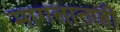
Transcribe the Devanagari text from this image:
मागतानाही